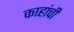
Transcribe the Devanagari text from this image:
काहांची